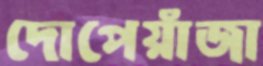
দোপেয়াঁজা